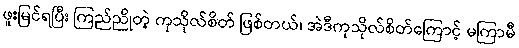
ဖူးမြင်ရပြီး ကြည်ညိုတဲ့ ကုသိုလ်စိတ် ဖြစ်တယ်၊ အဲဒီကုသိုလ်စိတ်ကြောင့် မကြာမီ